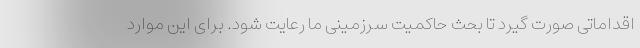
اقداماتی صورت گیرد تا بحث حاکمیت سرزمینی ما رعایت شود. برای این موارد